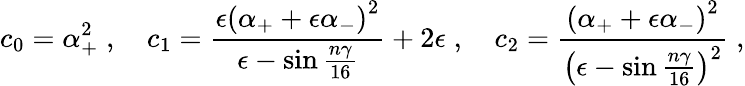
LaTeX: c_{0}=\alpha_{+}^{2}\; ,\quad c_{1}=\frac{\epsilon\left(\alpha_{+}+\epsilon\alpha_{-}\right)^{2}}{\epsilon-\sin\frac{n\gamma}{16}}+2\epsilon\; ,\quad c_{2}=\frac{\left(\alpha_{+}+\epsilon\alpha_{-}\right)^{2}}{\left(\epsilon-\sin\frac{n\gamma}{16}\right)^{2}}\; ,